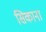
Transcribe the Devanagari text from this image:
सिकाना